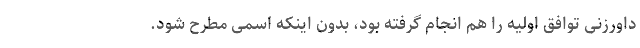
داورزنی توافق اولیه را هم انجام گرفته بود، بدون اینکه اسمی مطرح شود.